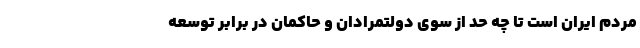
مردم ایران است تا چه حد از سوی دولتمرادان و حاکمان در برابر توسعه